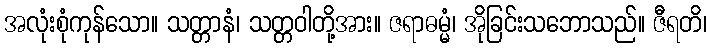
အလုံးစုံကုန်သော။ သတ္တာနံ၊ သတ္တဝါတို့အား။ ဇရာဓမ္မံ၊ အိုခြင်းသဘောသည်။ ဇီရတိ၊